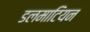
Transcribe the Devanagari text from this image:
डलमाटियन